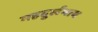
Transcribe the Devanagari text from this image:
महदुर्लभाय